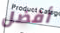
أفضل